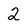
Character: 2